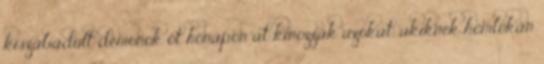
kiszabadult démonok öt hónapon át kínozzák azokat, akiknek homlokán